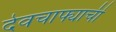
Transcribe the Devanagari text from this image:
देवचाफ्याची